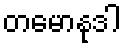
တမောနုဒါ